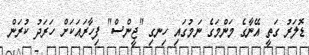
ޑޮލަރު ގަތީ އޭނާގެ މަންމަގެ ނަމުގައި ހިނގި "ޖީންސް" ފިހާރައަކަށް ހަރަދު ކުރަން